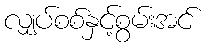
လျှပ်စစ်နှင့်စွမ်းအင်